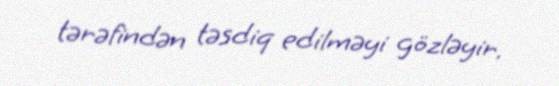
tərəfindən təsdiq edilməyi gözləyir.